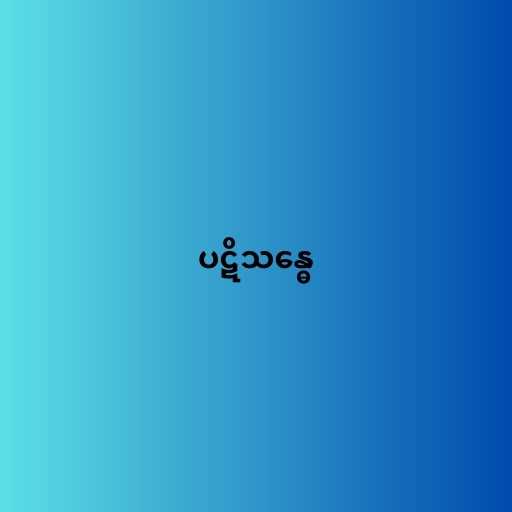
ပဋိသန္ဓေ